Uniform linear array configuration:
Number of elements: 16
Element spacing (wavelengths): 0.5
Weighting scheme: hann
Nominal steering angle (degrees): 45
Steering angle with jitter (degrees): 43.672
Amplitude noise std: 0.05
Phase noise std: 0.05

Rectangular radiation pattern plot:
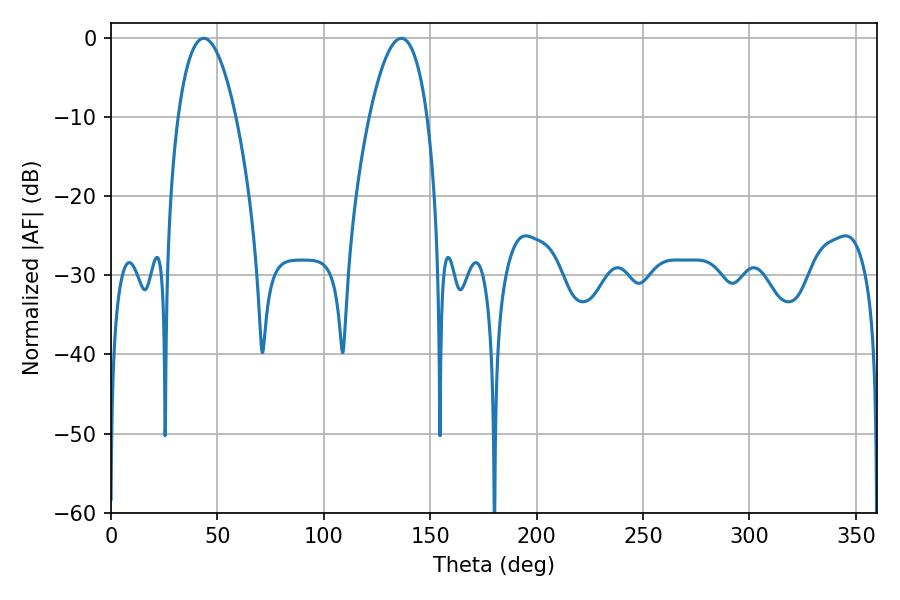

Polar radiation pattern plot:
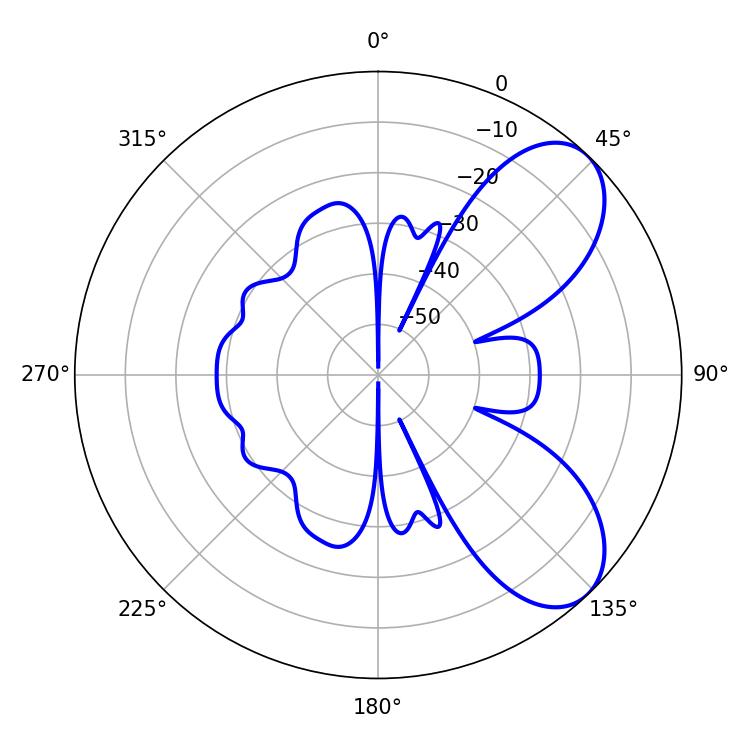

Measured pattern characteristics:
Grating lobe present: FALSE
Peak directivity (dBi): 7.114
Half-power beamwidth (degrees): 15.12
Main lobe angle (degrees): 43.56